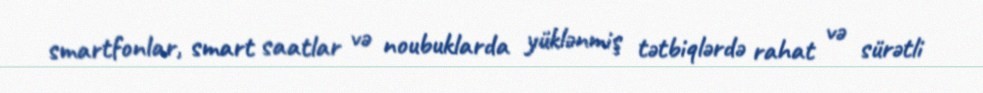
smartfonlar, smart saatlar və noubuklarda yüklənmiş tətbiqlərdə rahat və sürətli